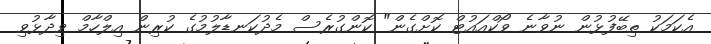
އެކަމަކު ތިބޭފުޅުން ނުވާނެ ވޯކްއައުޓް ކޮށްގެން" ކޮންގުރެސް މެދުކަނޑާލުމުގެ ކުރިން އިލްހާމް ވިދާޅުވި